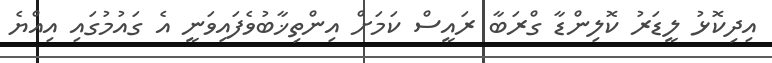
އިދިކޮޅު ލީޑަރު ކޮލިންޑާ ގްރަބާ ރައީސް ކަމަށް އިންތިޚާބުވެފައިވަނީ އެ ގައުމުގައި އިއްޔެ